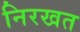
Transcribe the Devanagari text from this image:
निरखत